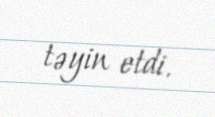
təyin etdi.